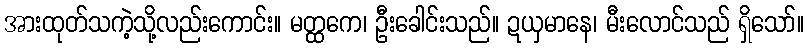
အားထုတ်သကဲ့သို့လည်းကောင်း။ မတ္ထကေ၊ ဦးခေါင်းသည်။ ဍယှမာနေ၊ မီးလောင်သည် ရှိသော်။